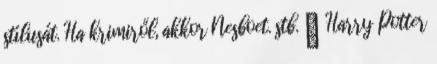
stílusát. Ha krimiről, akkor Nesboet. stb. ➤ Harry Potter